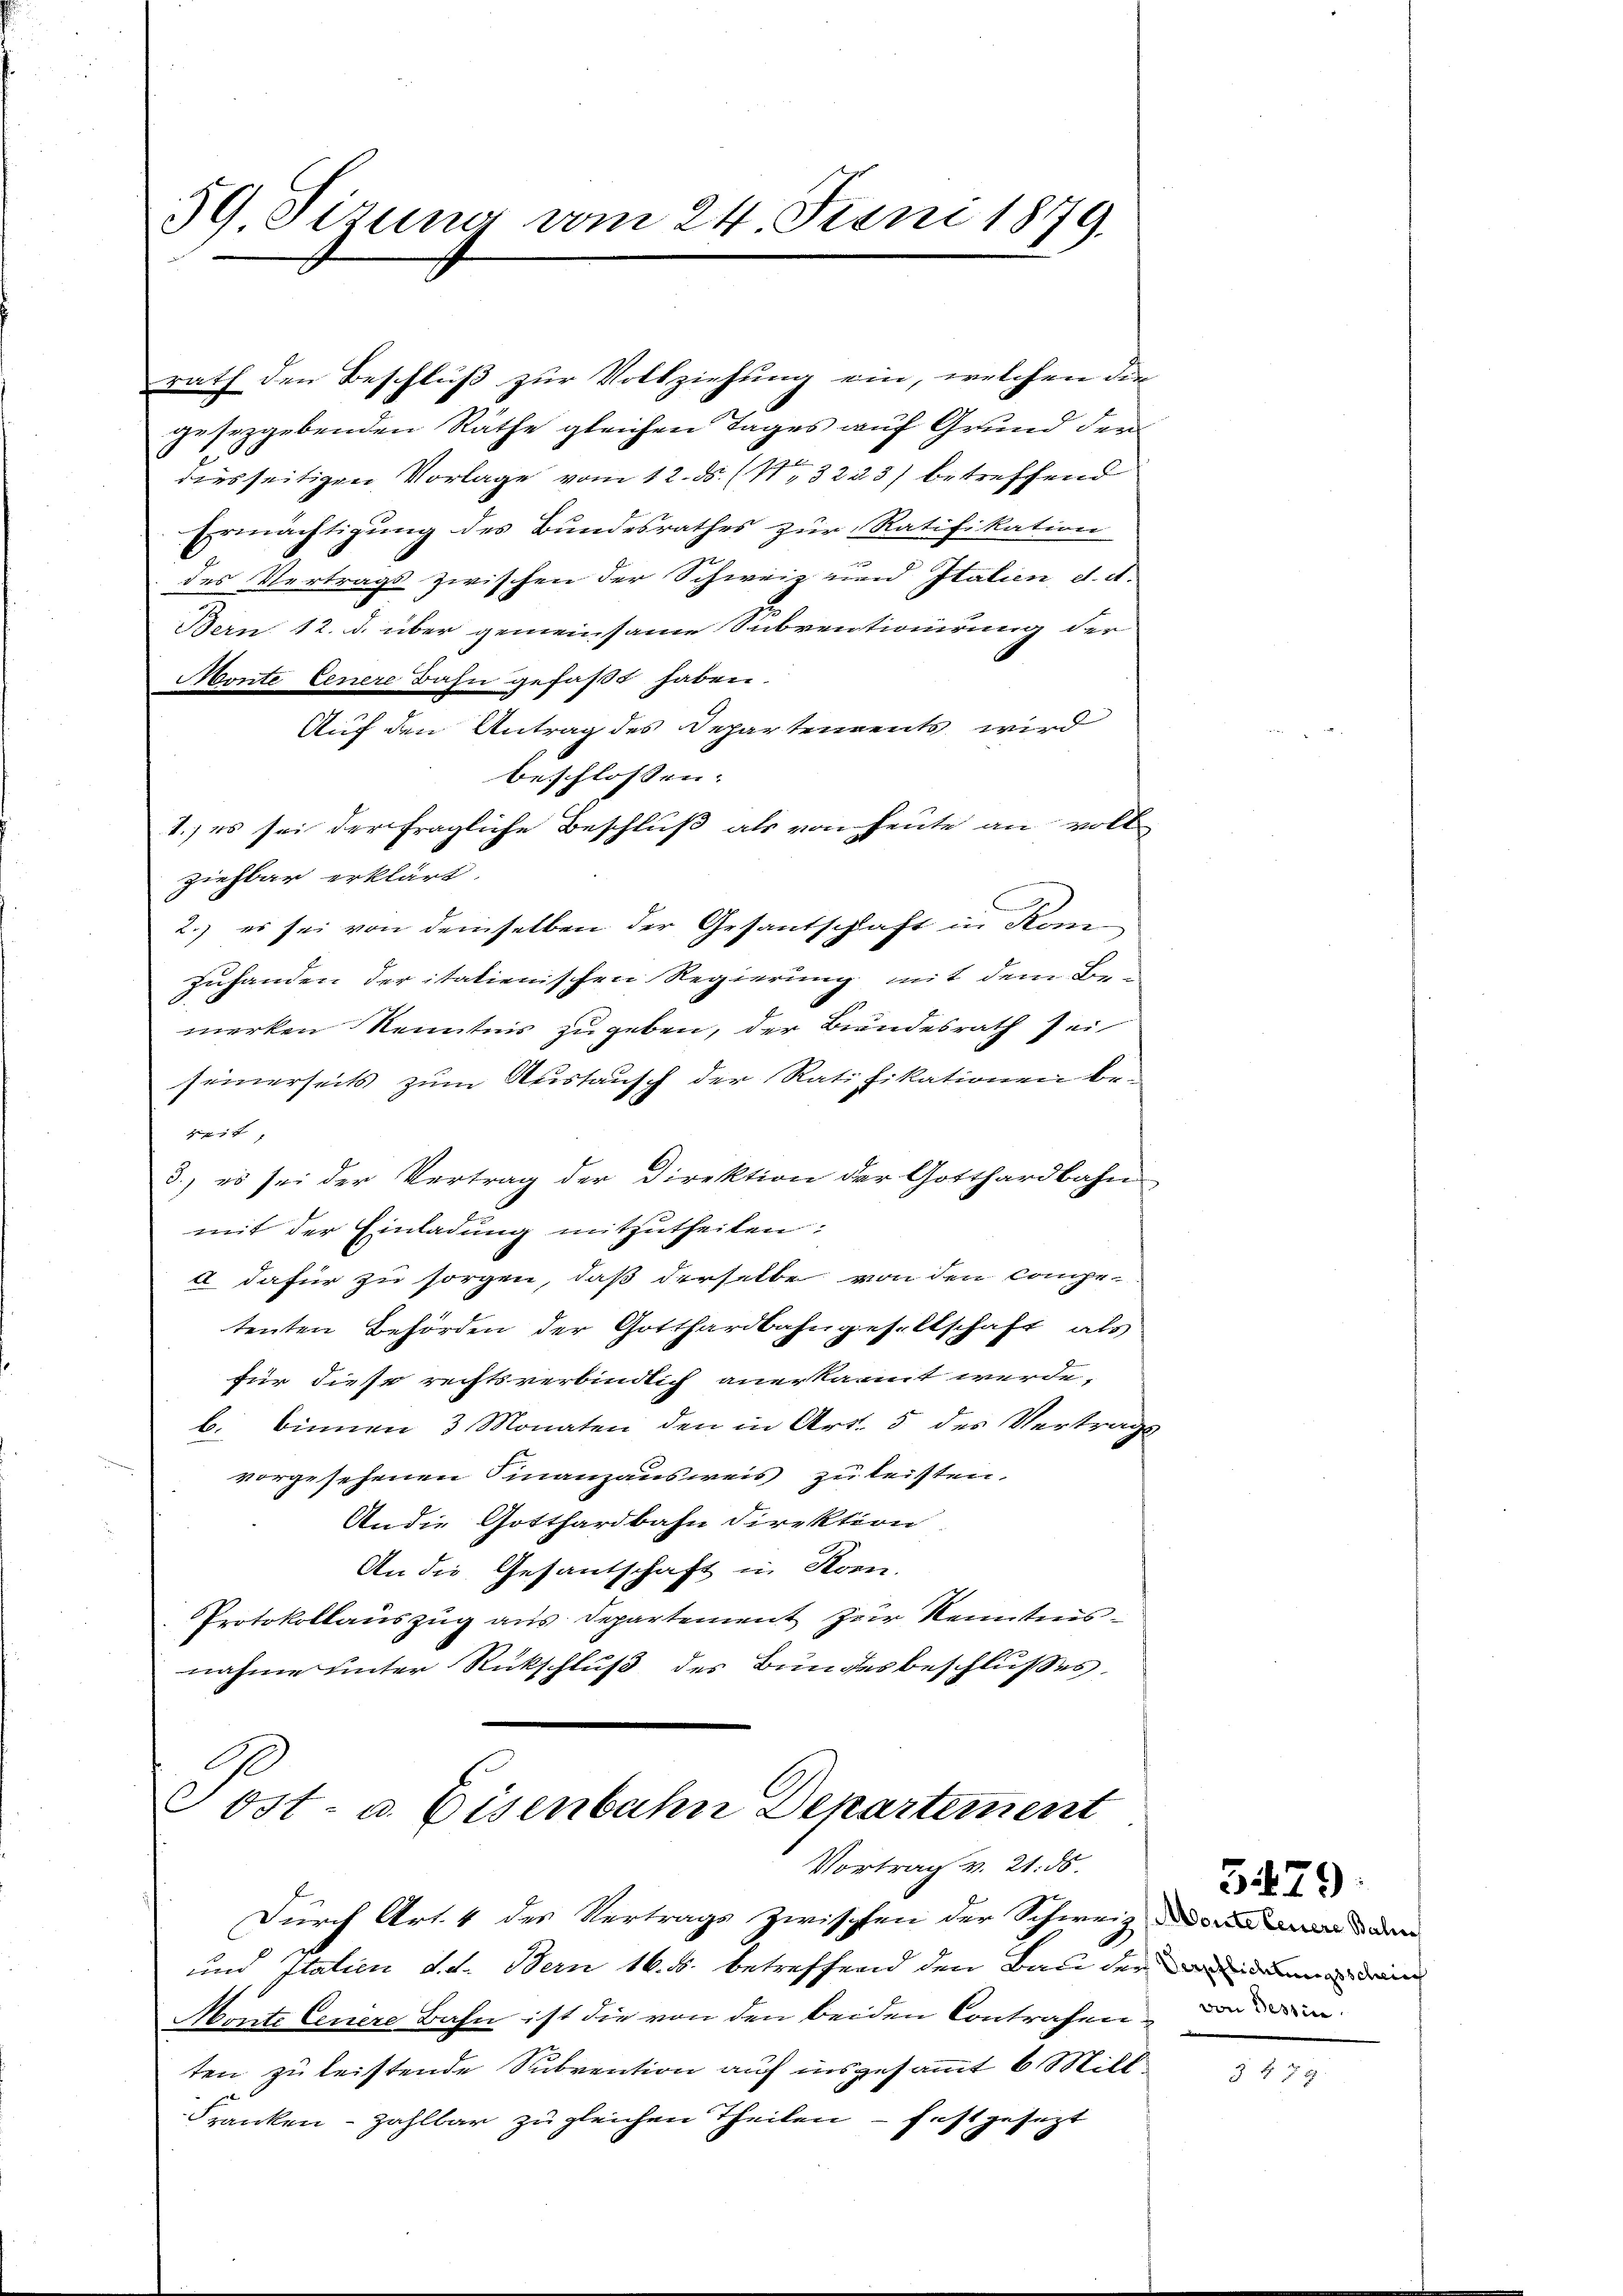
59 Sizung vom 24. Juni 1879.

geseggebenden Räthe gleichen Tages auf Grund der
d
diesseitigen Vorlage vom 12. ds. (N. 3223) betreffend
Ermächtigung des Bundesrathes zur Ratifikation
des Vertrags zwischen der Schweiz und Italien, d. d.
Bern 12. d. über gemeinsame Subventionirung der
Monte Lenere Bahn gefaßt haben.
Auf den Antrag des Departenvents wird
beschlossen:
1.) es sei der fragliche Beschluß als von heute an voll
ziehbar erklärt.
2.) es sei von demselben der Gesantschaft in Komen
zuhanden der itationischen Regierung mit dem Be-
merken Kenntnis zugeben, der Bundesrath sei
seinerseits zum Austausch der Ratifikationen be-
441 x
3.) es sei der Vertrag der Direktion der Gotthardbahn
mit der Einladung mitzutheilen:
 dafür zu sorgen, daß derselbe von den Competenten Behörden der Gotthardbahngesellschaft als
für diese rechtsverbindlich anerkannt werde,
b. binnen 3 Monaten den in Art. 5 des Vertrags
vorgesehenen Finanzausweis zu leisten.
Andie Gotthardbahn Direktion
An die Gesantschaft in Kon-
Protokollauszug aus Departement zur Kenntnisnahme unter Rückschluß des Bundesbeschlußes,

Post- u. Eisenbahn Departement
Vortrag v. 21. ds.

rath den Beschluß zur Vollziehung ein, welchen die

Durch Art. 4 des Vertrags zwischen der Schweiz und den
und Italien d. d. Bern 16. d. betreffend den Bau der in der an denn
Monte Cenere Bahn ist die von den beiden Contrafen und darin
ten zu leistende Subvention auf insgesammt 6 Milt¬
Franken - zahlbar zugleichen Theilen - festgesezt

3479.